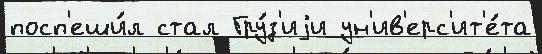
посп'еши́л стал Гру́з'иjи ун'ив'ерс'ит'е́та